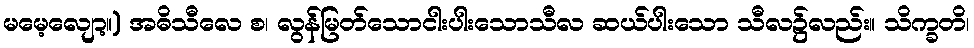
မမေ့လျော့။) အဓိသီလေ စ၊ လွန်မြတ်သောငါးပါးသောသီလ ဆယ်ပါးသော သီလ၌လည်း။ သိက္ခတိ၊